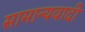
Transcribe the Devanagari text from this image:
सामान्यवादी